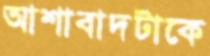
আশাবাদটাকে